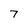
Character: 7